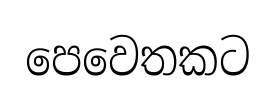
පෙවෙතකට